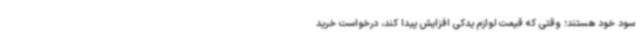
سود خود هستند؛ وقتی که قیمت لوازم یدکی افزایش پیدا کند، درخواست خرید